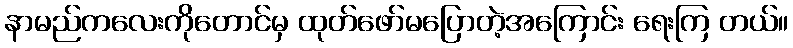
နာမည်ကလေးကိုတောင်မှ ထုတ်ဖော်မပြောတဲ့အကြောင်း ရေးကြ တယ်။